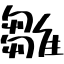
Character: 雛